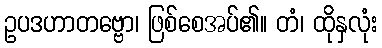
ဥပဒဟာတဗ္ဗော၊ ဖြစ်စေအပ်၏။ တံ၊ ထိုနှလုံး